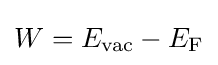
W=E_{\rm {vac}}-E_{\rm {F}}